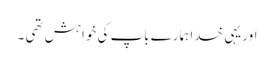
اور یہی خدا ہمارے باپ کی خواہش تھی ۔